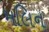
મલિન